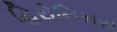
હિરોનિમસ